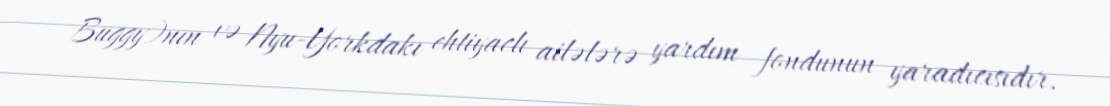
Buggy)nın və Nyu-Yorkdakı ehtiyaclı ailələrə yardım fondunun yaradıcısıdır.